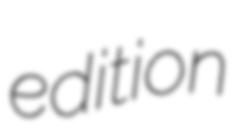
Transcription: edition